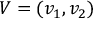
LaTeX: V = ( v _ { 1 } , v _ { 2 } )